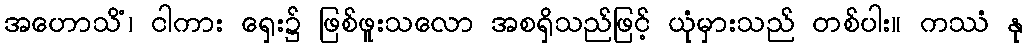
အဟောသိံ၊ ငါကား ရှေး၌ ဖြစ်ဖူးသလော အစရှိသည်ဖြင့် ယုံမှားသည် တစ်ပါး။ ကဿံ နု